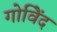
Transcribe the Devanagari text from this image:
गोविेंद